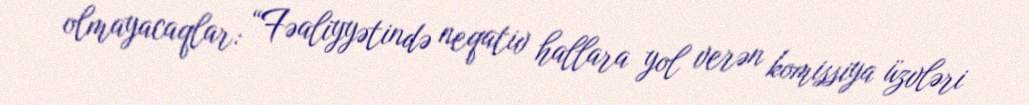
olmayacaqlar: “Fəaliyyətində neqativ hallara yol verən komissiya üzvləri